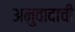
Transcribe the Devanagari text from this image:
अनुवादाची